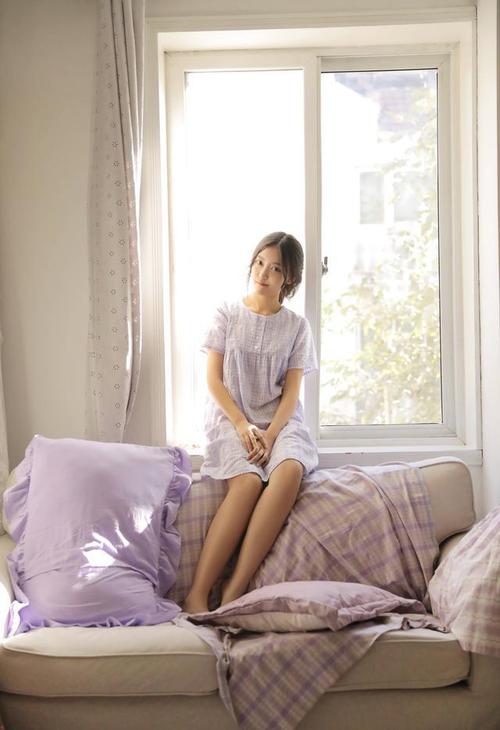
胡雁哀鸣夜夜飞，胡儿眼泪双双落。